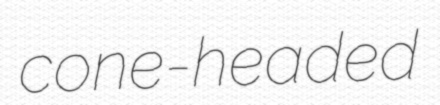
cone-headed